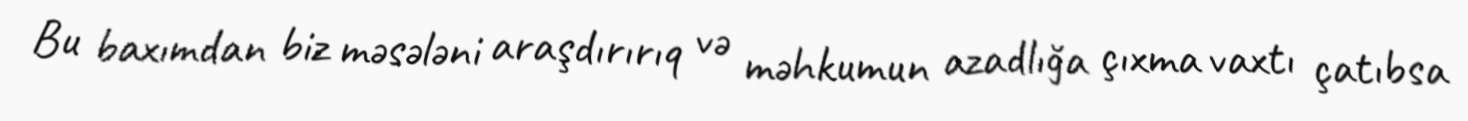
Bu baxımdan biz məsələni araşdırırıq və məhkumun azadlığa çıxma vaxtı çatıbsa